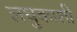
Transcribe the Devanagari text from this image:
लघुकाशी